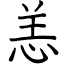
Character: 恙